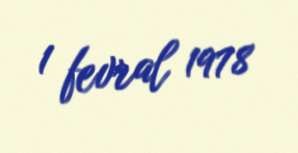
1 fevral 1978